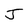
Character: J